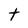
Character: t